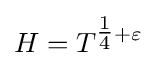
H=T^{{\tfrac {1}{4}}+\varepsilon }